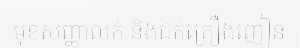
មុខសញ្ញាលក់ និងជក់គ្រឿងញៀន